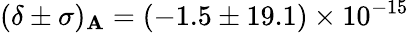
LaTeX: (\delta\pm\sigma)_{\mathbf{A}}=(-1.5\pm19.1)\times10^{-15}